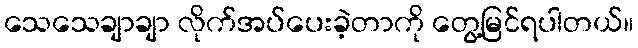
သေသေချာချာ လိုက်အပ်ပေးခဲ့တာကို တွေ့မြင်ရပါတယ်။